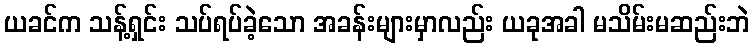
ယခင်က သန့်ရှင်း သပ်ရပ်ခဲ့သော အခန်းများမှာလည်း ယခုအခါ မသိမ်းမဆည်းဘဲ